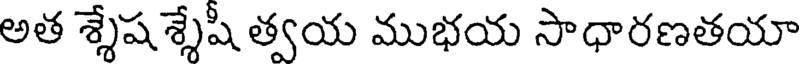
అత శ్శేషశ్శేషీ త్వయ ముభయ సాధారణతయా